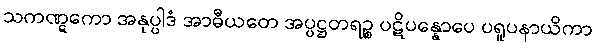
သကဏ္ဋကော အနုပ္ပါဒံ အာဓီယတေ အပ္ပဋ္ဌတရဉ္စ ပဋိပန္နောပေ ပရူပနာယိကာ